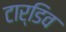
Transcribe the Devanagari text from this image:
टार्डिव